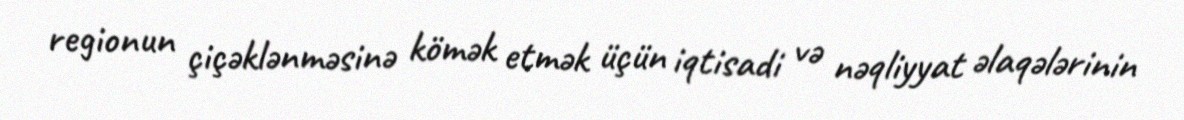
regionun çiçəklənməsinə kömək etmək üçün iqtisadi və nəqliyyat əlaqələrinin